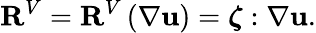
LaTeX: \mathbf{R}^{V}=\mathbf{R}^{V}\left(\nabla\mathbf{u}\right)=\boldsymbol{\zeta}:\nabla\mathbf{u}.